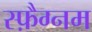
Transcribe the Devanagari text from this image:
स्फ़ैग्नम